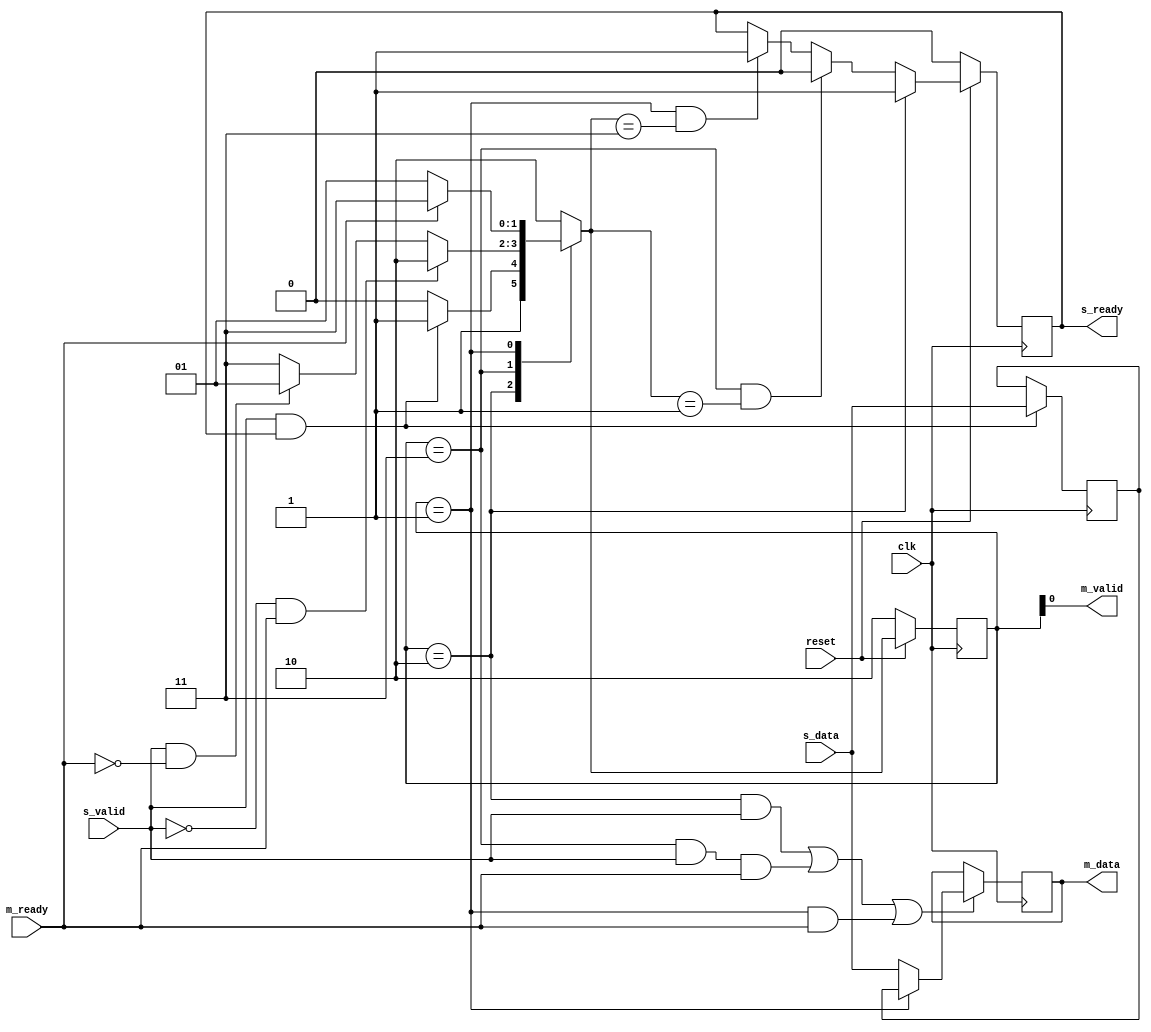
module pixelq_op_INPUT_STREAM_reg_slice
#(parameter
    N = 8   
) (
    input  wire         clk,
    input  wire         reset,
    input  wire [N-1:0] s_data,
    input  wire         s_valid,
    output wire         s_ready,
    output wire [N-1:0] m_data,
    output wire         m_valid,
    input  wire         m_ready
);
localparam [1:0]
    ZERO = 2'b10,
    ONE  = 2'b11,
    TWO  = 2'b01;
reg  [N-1:0] data_p1;
reg  [N-1:0] data_p2;
wire         load_p1;
wire         load_p2;
wire         load_p1_from_p2;
reg          s_ready_t;
reg  [1:0]   state;
reg  [1:0]   next;
assign s_ready = s_ready_t;
assign m_data  = data_p1;
assign m_valid = state[0];
assign load_p1 = (state == ZERO && s_valid) ||
                 (state == ONE && s_valid && m_ready) ||
                 (state == TWO && m_ready);
assign load_p2 = s_valid & s_ready;
assign load_p1_from_p2 = (state == TWO);
always @(posedge clk) begin
    if (load_p1) begin
        if (load_p1_from_p2)
            data_p1 <= data_p2;
        else
            data_p1 <= s_data;
    end
end
always @(posedge clk) begin
    if (load_p2) data_p2 <= s_data;
end
always @(posedge clk) begin
    if (~reset)
        s_ready_t <= 1'b0;
    else if (state == ZERO)
        s_ready_t <= 1'b1;
    else if (state == ONE && next == TWO)
        s_ready_t <= 1'b0;
    else if (state == TWO && next == ONE)
        s_ready_t <= 1'b1;
end
always @(posedge clk) begin
    if (~reset)
        state <= ZERO;
    else
        state <= next;
end
always @(*) begin
    case (state)
        ZERO:
            if (s_valid & s_ready)
                next = ONE;
            else
                next = ZERO;
        ONE:
            if (~s_valid & m_ready)
                next = ZERO;
            else if (s_valid & ~m_ready)
                next = TWO;
            else
                next = ONE;
        TWO:
            if (m_ready)
                next = ONE;
            else
                next = TWO;
        default:
            next = ZERO;
    endcase
end
endmodule